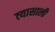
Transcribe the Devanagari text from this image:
त्‍यासाली